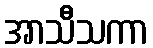
အာသီသကာ